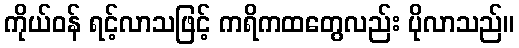
ကိုယ်ဝန် ရင့်လာသဖြင့် ကရိကထတွေလည်း ပိုလာသည်။